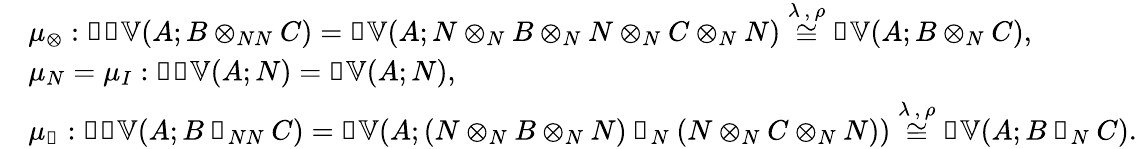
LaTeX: \begin{array}{rl}&{\mu_{⊗}:𝓝𝓝𝕍(A;B⊗_{NN}C)=𝓝𝕍(A;N⊗_{N}B⊗_{N}N⊗_{N}C⊗_{N}N)\overset{\lambda\, ,\, \rho}{\cong}𝓝𝕍(A;B⊗_{N}C),}\\ &{\mu_{N}=\mu_{I}:𝓝𝓝𝕍(A;N)=𝓝𝕍(A;N),}\\ &{\mu_{◁}:𝓝𝓝𝕍(A;B◁_{NN}C)=𝓝𝕍(A;(N⊗_{N}B⊗_{N}N)◁_{N}(N⊗_{N}C⊗_{N}N))\overset{\lambda\, ,\, \rho}{\cong}𝓝𝕍(A;B◁_{N}C).}\end{array}